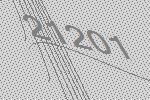
21201